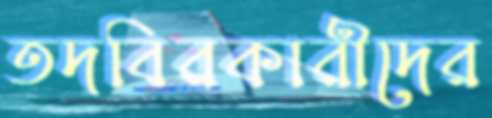
তদবিরকারীদের